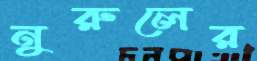
নুরুলের